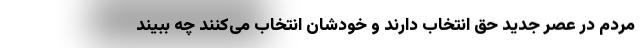
مردم در عصر جدید حق انتخاب دارند و خودشان انتخاب می‌کنند چه ببیند